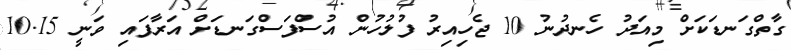
ގާތްގަނޑަކަށް މިއަދު ހެނދުނު 10 ޖެހިއިރު ފުލުހުން އުސްފަސްގަނޑަށް އަރާފައި ވަނީ 10.15